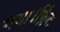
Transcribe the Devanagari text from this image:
गया।फ्लिंट